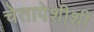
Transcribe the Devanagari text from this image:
चेतापेशीशी